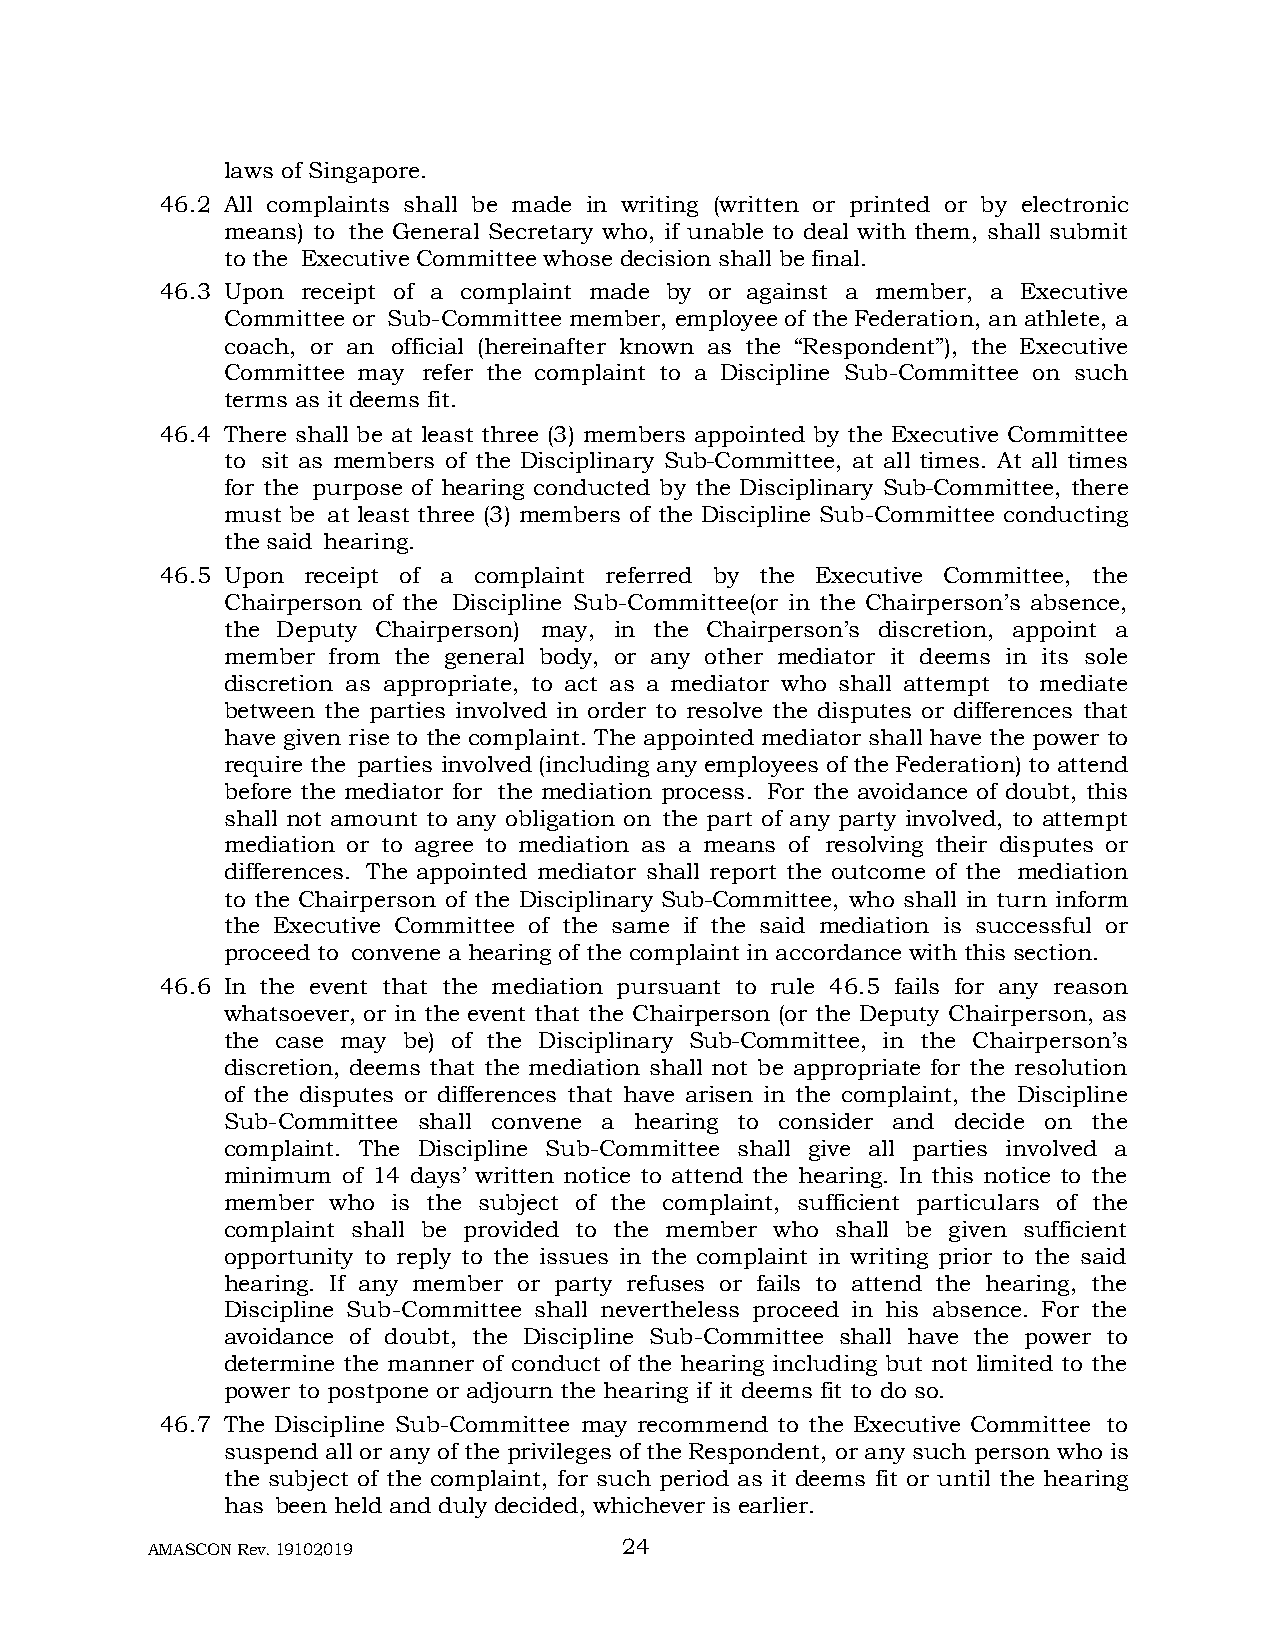
laws of Singapore.
 46.2 All complaints shall be made in writing (written or printed or by electronic
 means) to the General Secretary who, if unable to deal with them, shall submit
 to the Executive Committee whose decision shall be final.
 46.3 Upon receipt of a complaint made by or against a member, a Executive
 Committee or Sub-Committee member, employee of the Federation, an athlete, a
 coach, or an official (hereinafter known as the “Respondent”), the Executive
 Committee may refer the complaint to a Discipline Sub-Committee on such
 terms as it deems fit.
 46.4 There shall be at least three (3) members appointed by the Executive Committee
 to sit as members of the Disciplinary Sub-Committee, at all times. At all times
 for the purpose of hearing conducted by the Disciplinary Sub-Committee, there
 must be at least three (3) members of the Discipline Sub-Committee conducting
 the said hearing.
 46.5 Upon receipt of a complaint referred by the Executive Committee, the
 Chairperson of the Discipline Sub-Committee(or in the Chairperson’s absence,
 the Deputy Chairperson) may, in the Chairperson’s discretion, appoint a
 member from the general body, or any other mediator it deems in its sole
 discretion as appropriate, to act as a mediator who shall attempt to mediate
 between the parties involved in order to resolve the disputes or differences that
 have given rise to the complaint. The appointed mediator shall have the power to
 require the parties involved (including any employees of the Federation) to attend
 before the mediator for the mediation process. For the avoidance of doubt, this
 shall not amount to any obligation on the part of any party involved, to attempt
 mediation or to agree to mediation as a means of resolving their disputes or
 differences. The appointed mediator shall report the outcome of the mediation
 to the Chairperson of the Disciplinary Sub-Committee, who shall in turn inform
 the Executive Committee of the same if the said mediation is successful or
 proceed to convene a hearing of the complaint in accordance with this section.
 46.6 In the event that the mediation pursuant to rule 46.5 fails for any reason
 whatsoever, or in the event that the Chairperson (or the Deputy Chairperson, as
 the case may be) of the Disciplinary Sub-Committee, in the Chairperson’s
 discretion, deems that the mediation shall not be appropriate for the resolution
 of the disputes or differences that have arisen in the complaint, the Discipline
 Sub-Committee shall convene a hearing to consider and decide on the
 complaint. The Discipline Sub-Committee shall give all parties involved a
 minimum of 14 days’ written notice to attend the hearing. In this notice to the
 member who is the subject of the complaint, sufficient particulars of the
 complaint shall be provided to the member who shall be given sufficient
 opportunity to reply to the issues in the complaint in writing prior to the said
 hearing. If any member or party refuses or fails to attend the hearing, the
 Discipline Sub-Committee shall nevertheless proceed in his absence. For the
 avoidance of doubt, the Discipline Sub-Committee shall have the power to
 determine the manner of conduct of the hearing including but not limited to the
 power to postpone or adjourn the hearing if it deems fit to do so.
 46.7 The Discipline Sub-Committee may recommend to the Executive Committee to
 suspend all or any of the privileges of the Respondent, or any such person who is
 the subject of the complaint, for such period as it deems fit or until the hearing
 has been held and duly decided, whichever is earlier.
 AMASCON Rev. 19102019          24